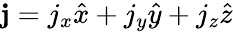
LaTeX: \mathbf{j}=j_{x}\hat{x}+j_{y}\hat{y}+j_{z}\hat{z}